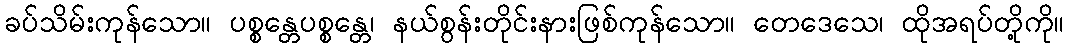
ခပ်သိမ်းကုန်သော။ ပစ္စန္တေပစ္စန္တေ၊ နယ်စွန်းတိုင်းနားဖြစ်ကုန်သော။ တေဒေသေ၊ ထိုအရပ်တို့ကို။